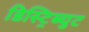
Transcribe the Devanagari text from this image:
डिस्ट्रिब्युट